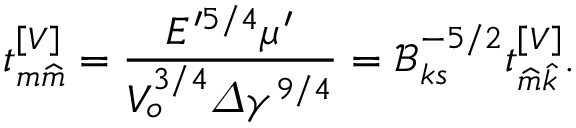
t _ { m \widehat { m } } ^ { \left[ V \right] } = \frac { E ^ { \prime 5 / 4 } \mu ^ { \prime } } { V _ { o } ^ { 3 / 4 } \varDelta \gamma ^ { 9 / 4 } } = \mathcal { B } _ { k s } ^ { - 5 / 2 } t _ { \widehat { m } \widehat { k } } ^ { \left[ V \right] } .